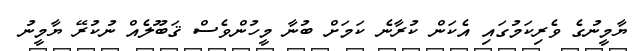
ޔާމީނުގެ ވެރިކަމުގައި އެކަން ކުރާނެ ކަމަށް ބުނާ މީހުންވެސް ޤަބޫލެއް ނުކުރޭ ޔާމީނު